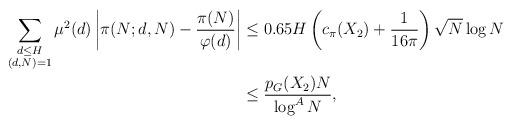
LaTeX: \begin{align*} \sum_{\substack{d\le H\\(d,N)=1}}\mu^2(d)\left|\pi(N;d,N)-\frac{\pi(N)}{\varphi(d)}\right| &\leq 0.65 H\left(c_{\pi}(X_2)+\frac{1}{16\pi}\right) \sqrt{N} \log N\\ &\leq\frac{p_G(X_2)N}{\log^AN},\end{align*}